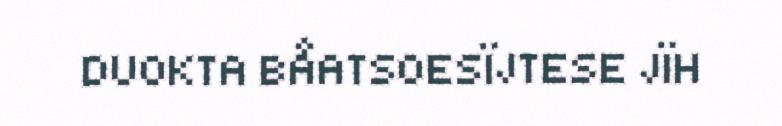
DUOKTA BÅATSOESÏJTESE JÏH